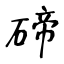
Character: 碲